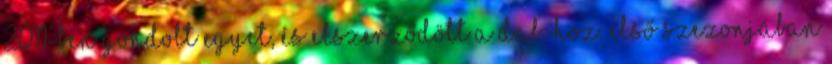
2011-ben gondolt egyet, és elszerződött a DAB-hoz. Első szezonjában